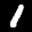
Label: 1